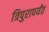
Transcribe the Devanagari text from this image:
त्रिपुरापर्यंत